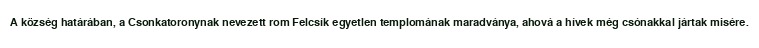
A község határában, a Csonkatoronynak nevezett rom Felcsík egyetlen templomának maradványa, ahová a hívek még csónakkal jártak misére.